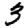
Digit: 3